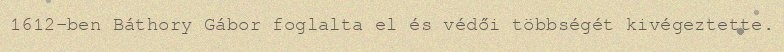
1612-ben Báthory Gábor foglalta el és védői többségét kivégeztette.